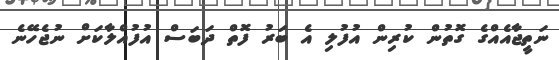
ނަތީޖާއެއްގެ ގޮތުން ކުރިން އުފުލި އެ ބަރު ފޮތް ދަބަސް އުފުއްލާކަށް ނުޖެހޭނެ